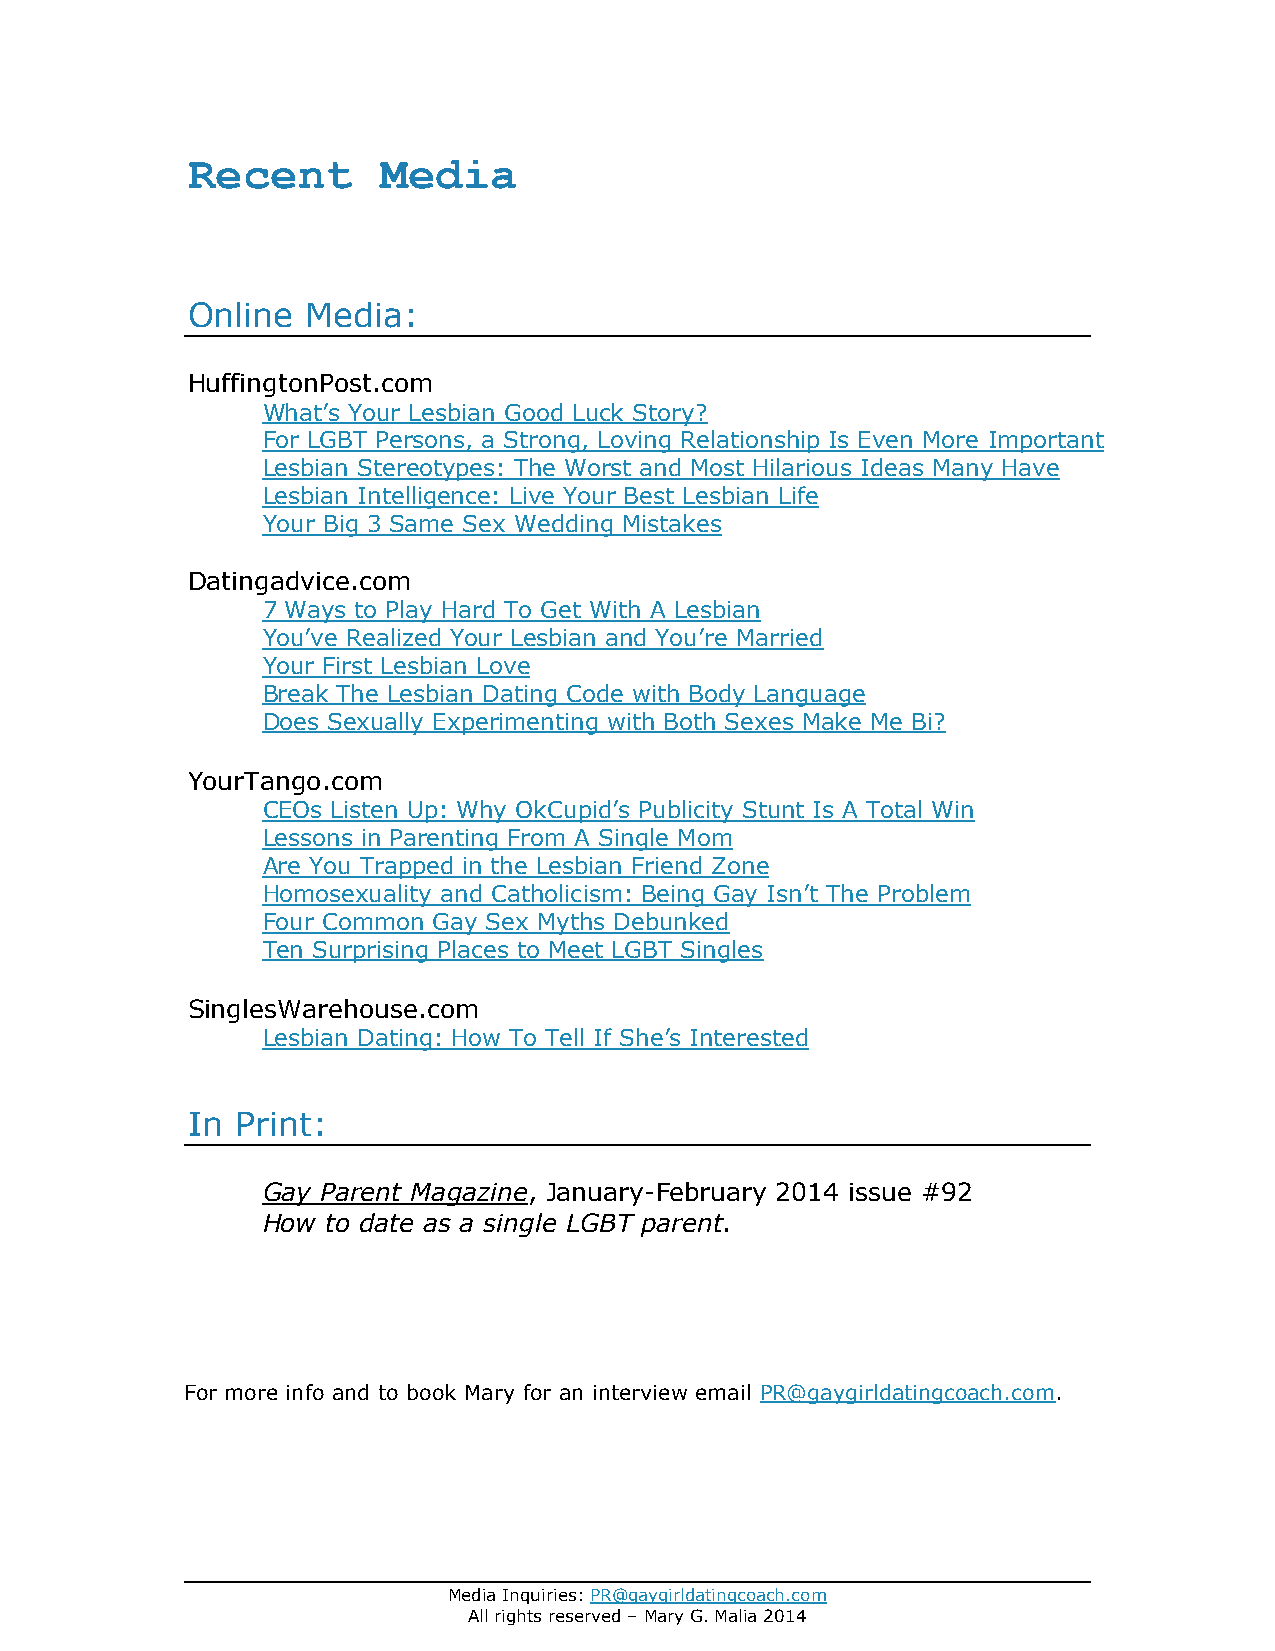
Recent       Media
 Online  Media:
 HuffingtonPost.com
 What’s Your Lesbian Good Luck Story?
 For LGBT Persons, a Strong, Loving Relationship Is Even More Important
 Lesbian Stereotypes: The Worst and Most Hilarious Ideas Many Have
 Lesbian Intelligence: Live Your Best Lesbian Life
 Your Big 3 Same Sex Wedding Mistakes
 Datingadvice.com
 7 Ways to Play Hard To Get With A Lesbian
 You’ve Realized Your Lesbian and You’re Married
 Your First Lesbian Love
 Break The Lesbian Dating Code with Body Language
 Does Sexually Experimenting with Both Sexes Make Me Bi?
 YourTango.com
 CEOs Listen Up: Why OkCupid’s Publicity Stunt Is A Total Win
 Lessons in Parenting From A Single Mom
 Are You Trapped in the Lesbian Friend Zone
 Homosexuality and Catholicism: Being Gay Isn’t The Problem
 Four Common Gay Sex Myths Debunked
 Ten Surprising Places to Meet LGBT Singles
 SinglesWarehouse.com
 Lesbian Dating: How To Tell If She’s Interested
 In  Print:
 Gay Parent Magazine, January-February 2014 issue #92
 How  to date as a single LGBT parent.
 For more info and to book Mary for an interview email PR@gaygirldatingcoach.com.
 Media Inquiries: PR@gaygirldatingcoach.com
 All rights reserved – Mary G. Malia 2014